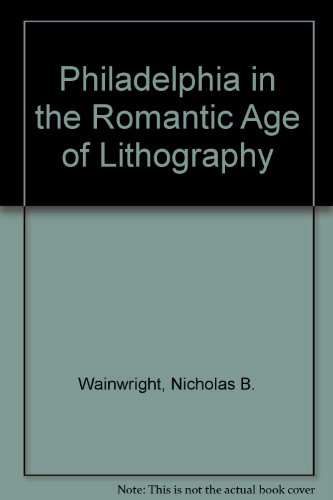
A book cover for PHILADELPHIA IN THE ROMANTIC AGE OF LITHOGRAPHY; Nicholas B. Wainwright; Arts & Photography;